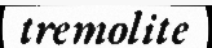
tremolite